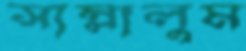
সাম্‌লালুম